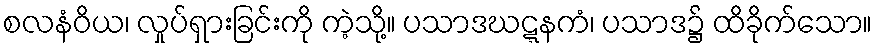
စလနံဝိယ၊ လှုပ်ရှားခြင်းကို ကဲ့သို့။ ပသာဒဃဋ္ဋနကံ၊ ပသာဒ၌ ထိခိုက်သော။